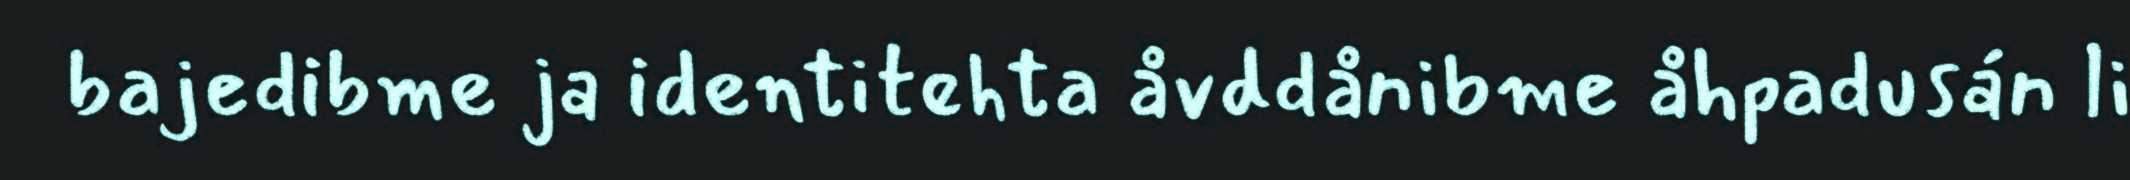
bajedibme ja identitehta åvddånibme åhpadusán li